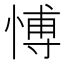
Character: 愽